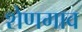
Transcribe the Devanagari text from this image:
शेणगाव